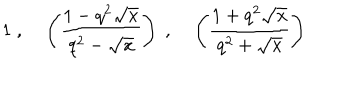
1 \; , \; \left( \frac { 1 - q ^ { 2 } \sqrt x } { q ^ { 2 } - \sqrt x } \right) \; , \; \left( \frac { 1 + q ^ { 2 } \sqrt x } { q ^ { 2 } + \sqrt x } \right)